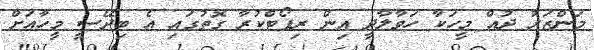
މަންޒަރު ދުއް މީހަކާ ހަވާލާދީ އިން ރިޕޯޓްކުރާ ގޮތުގައި އެ ބިދޭސީ މީހާއަށް